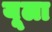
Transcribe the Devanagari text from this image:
यूला